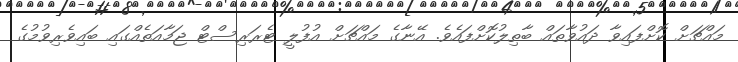
މައްޗަށް ކޮށްފައިވާ ދައުވާތައް ބާތިލުކޮށްފައެވެ. އޭނާގެ މައްޗަށް އުފުލީ ޓެރަރިސްޓް ޖަމާއަތެއްގައި ބައިވެރިވުމުގެ